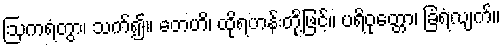
ဩကရံတွာ၊ သက်၍။ တေဟိ၊ ထိုရဟန်းတို့ဖြင့်။ ပရိဝုတ္တော၊ ခြံရံလျက်။